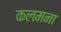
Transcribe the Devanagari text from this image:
कलमना